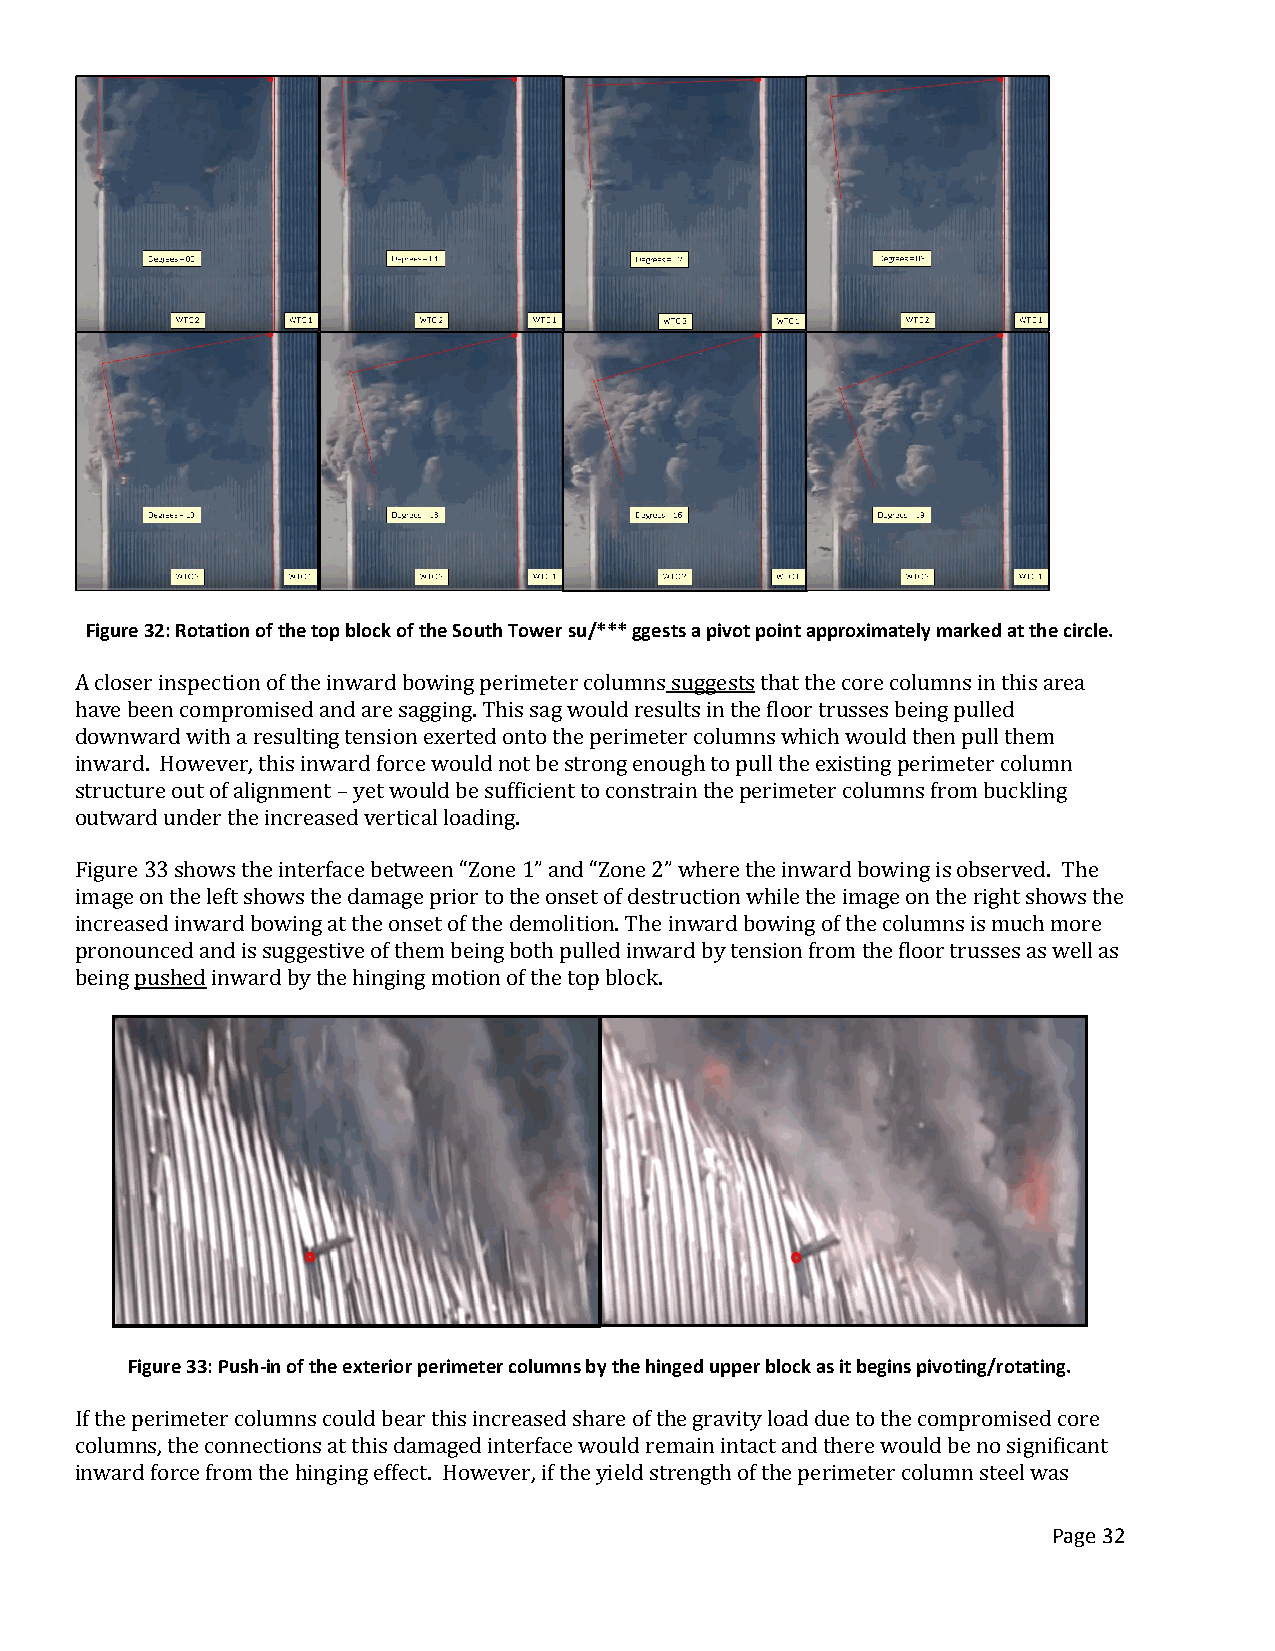
Figure 32: Rotation of the top block of the South Tower su/*** ggests a pivot point approximately marked at the circle.
 A closer inspection of the inward bowing perimeter columns suggests that the core columns in this area
 have been compromised and are sagging. This sag would results in the floor trusses being pulled
 downward with a resulting tension exerted onto the perimeter columns which would then pull them
 inward. However, this inward force would not be strong enough to pull the existing perimeter column
 structure out of alignment – yet would be sufficient to constrain the perimeter columns from buckling
 outward under the increased vertical loading.
 Figure 33 shows the interface between “Zone 1” and “Zone 2” where the inward bowing is observed. The
 image on the left shows the damage prior to the onset of destruction while the image on the right shows the
 increased inward bowing at the onset of the demolition. The inward bowing of the columns is much more
 pronounced and is suggestive of them being both pulled inward by tension from the floor trusses as well as
 being pushed inward by the hinging motion of the top block.
 Figure 33: Push-in of the exterior perimeter columns by the hinged upper block as it begins pivoting/rotating.
 If the perimeter columns could bear this increased share of the gravity load due to the compromised core
 columns, the connections at this damaged interface would remain intact and there would be no significant
 inward force from the hinging effect. However, if the yield strength of the perimeter column steel was
 Page 32